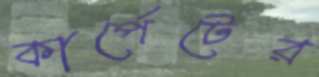
কার্পেটের